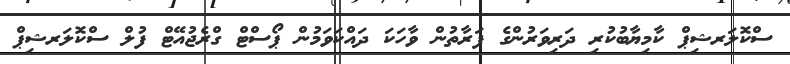
ސްކޮލަރޝިޕް ކާމިޔާބުކުރި ދަރިވަރުންގެ ފަރާތުން ވާހަކަ ދައްކަވަމުން ޕޯސްޓް ގްރެޖުއޭޓް ފުލް ސްކޮލަރޝިޕް